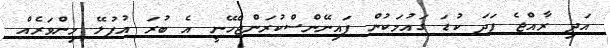
އަދި ރާއްޖެ ފަދަ ކުޑަ ގައުމަކުން ފައިނޭންސްކުރަންޖެހޭނީ އެ ބުރަ އުފުލޭ މިންވަރެއް